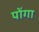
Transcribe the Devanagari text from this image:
पोंगा